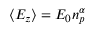
\langle E _ { z } \rangle = E _ { 0 } n _ { p } ^ { \alpha }